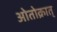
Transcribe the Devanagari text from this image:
ओतोक्रात्